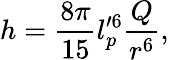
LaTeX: h=\frac{8\pi}{15}l_{p}^{\prime 6}\frac{Q}{r^{6}},